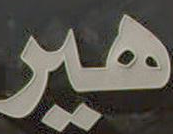
هير